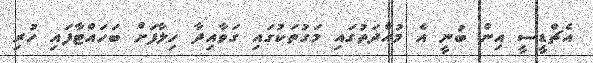
އެޗްޑީސީ އިން ބުނީ އެ މުއްދަތުގައި މަގުތަކުގައި ގަވާއިދާ ހިލާފަށް ބަހައްޓާފައި ހުރި